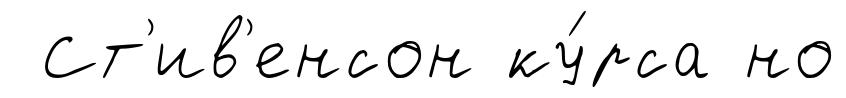
Ст'ив'енсон ку́рса но